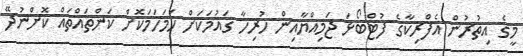
މީގެ އިތުރުން އެފްރިކާގެ ފުޓްބޯޅަ ޖަމިއްޔާއިން ހުރިހާ ގައުމަކަށް ހަމަހަމަކޮށް ކަންތައްތައް ކޮށްނުދޭ